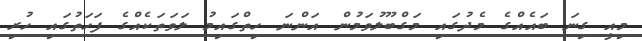
މިއީ ގިނަ ބައެއްގެ މެދުގައި މަގްބޫލުވަމުން އަންނަ ހިތްގައިމު ލަވަތަކެއްގެ ފަހަތުގައި ހުރި